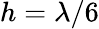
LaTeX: h=\lambda/6